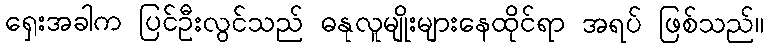
ရှေးအခါက ပြင်ဦးလွင်သည် ဓနုလူမျိုးများနေထိုင်ရာ အရပ် ဖြစ်သည်။